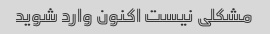
مشکلی نیست اکنون وارد شوید